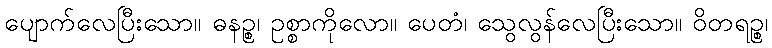
ပျောက်လေပြီးသော။ ဓနဉ္စ၊ ဥစ္စာကိုလော။ ပေတံ၊ သွေလွန်လေပြီးသော။ ဝိတရဉ္စ၊